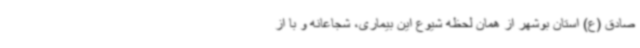
صادق (ع) استان بوشهر از همان لحظه شیوع این بیماری، شجاعانه و با از